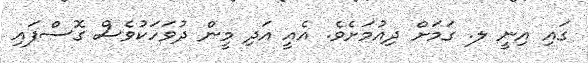
ގައި އިނީ ލ. ގަމަށް ދިއުމަށެވެ. އެއީ އަދި މީން ދުވަހަކުވެސް ގޮސްފައި